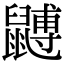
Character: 䶈